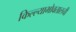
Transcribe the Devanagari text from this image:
किल्ल्याभोवतालची